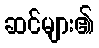
ဆင်များ၏